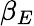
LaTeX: \beta_{E}